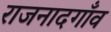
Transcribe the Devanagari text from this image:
राजनादगाँव